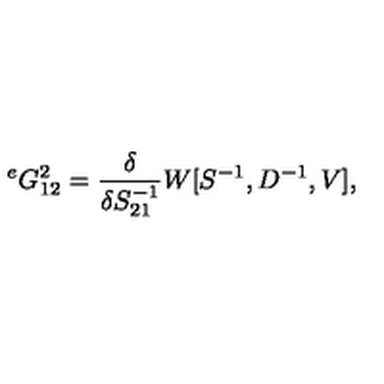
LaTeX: { } ^ { e } G _ { 1 2 } ^ { 2 } = \frac { \delta } { \delta S _ { 2 1 } ^ { - 1 } } W [ S ^ { - 1 } , D ^ { - 1 } , V ] ,